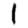
Digit: 1